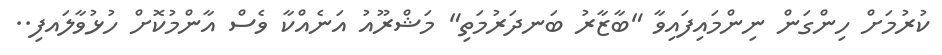
ކުރުމަށް ހިންގަން ނިންމައިފައިވާ "ބާޒާރު ބަނދަރުމަތި" މަޝްރޫއު އަނެއްކާ ވެސް އާންމުކޮށް ހުޅުވާލައފި..